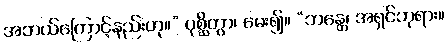
အဘယ်ကြောင့်နည်းဟု။” ပုစ္ဆိတွာ၊ မေး၍။ “ဘန္တေ၊ အရှင်ဘုရား။